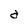
Character: a